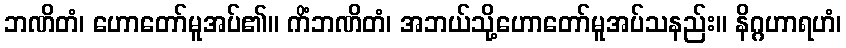
ဘဏိတံ၊ ဟောတော်မူအပ်၏။ ကိံဘဏိတံ၊ အဘယ်သို့ဟောတော်မူအပ်သနည်း။ နိဂ္ဂဟာရဟံ၊